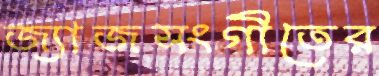
জ্যাজসংগীতের